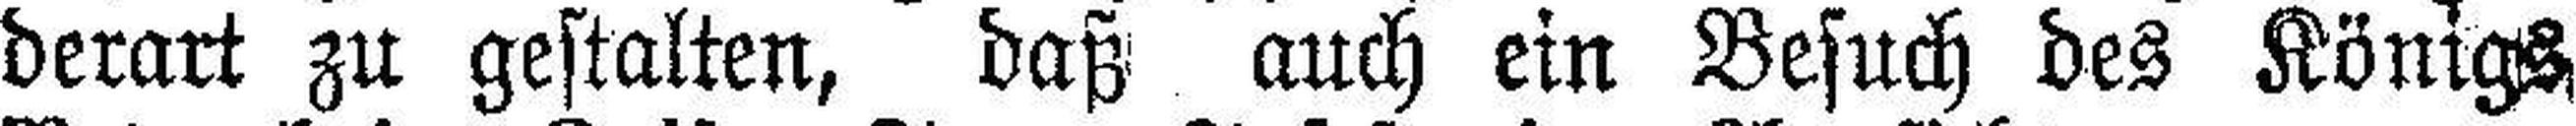
derart zu gestalten, daß auch ein Besuch des Königs